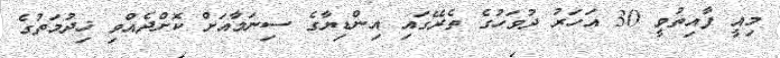
މިއީ ފާއިތުވީ 30 އަހަރު ދުވަހުގެ ތެރޭގައި އިންޑިޔާގެ ސިނަމާއަށް ކޮށްދެއްވި ޚިދުމަތުގެ